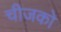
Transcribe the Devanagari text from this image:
चीजको